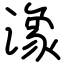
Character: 潒